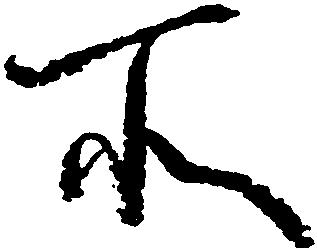
所